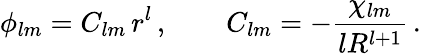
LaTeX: \phi_{lm}=C_{lm}\, r^{l}\, ,\qquad C_{lm}=-\frac{\chi_{lm}}{lR^{l+1}}\, .